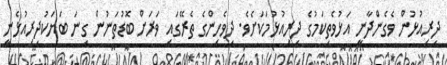
ދިރިއުޅުން ވެގެންދާނީ އަޅުވެތިކަމުގެ ދިރިއުޅުމަކަށެވެ. ދިވެހިންގެ ތެރޭގައި ވަރަށް ބޮޑުތަނުން ގިނަ ބަޔަކުދިރިއުޅެނީ